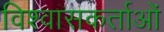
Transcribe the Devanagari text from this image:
विश्वासकर्ताओं